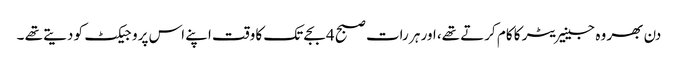
دن بھر وہ جینیریٹر کا کام کرتے تھے، اور ہر رات صبح 4 بجے تک کا وقت اپنے اس پروجیکٹ کو دیتے تھے ۔